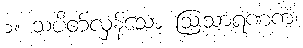
၁။ သပိတ်လှန်သော ဩသာရဏကံ၊